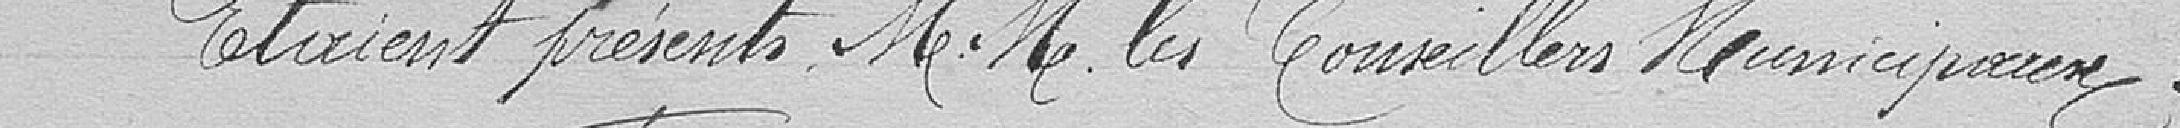
Étaient présents MM. les Conseillers Municipaux